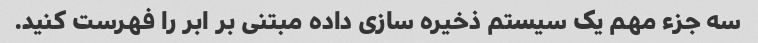
سه جزء مهم یک سیستم ذخیره سازی داده مبتنی بر ابر را فهرست کنید.